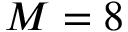
M = 8